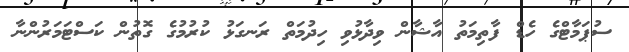
ސުޕަމާޓްގެ ހެޑް ފާތިމަތު އާޝާން ވިދާޅުވި ހިދުމަތް ރަނގަޅު ކުރުމުގެ ގޮތުން ކަސްޓަމަރުންނާ